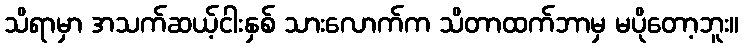
သိရာမှာ အသက်ဆယ့်ငါးနှစ် သားလောက်က သိတာထက်ဘာမှ မပိုတော့ဘူး။